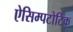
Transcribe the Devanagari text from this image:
ऐसिम्पटोटिक